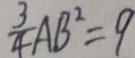
\frac { 3 } { 4 } A B ^ { 2 } = 9